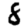
Digit: 8